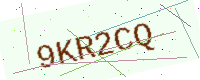
Text: 9KR2CQ